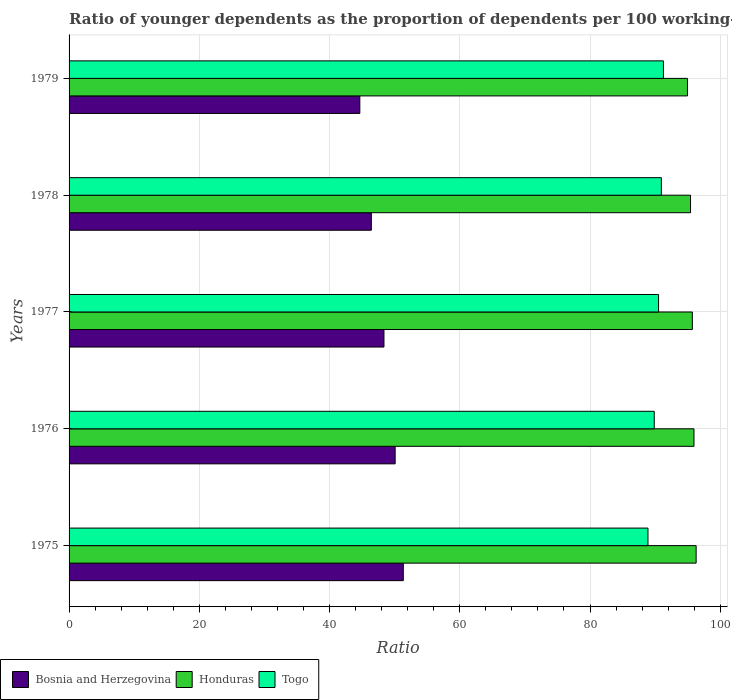
| Years | Bosnia and Herzegovina | Honduras | Togo |
 | --- | --- | --- | --- |
 | 1975 | 51.3 | 96.3 | 88.9 |
 | 1976 | 50.1 | 96 | 89.9 |
 | 1977 | 48.4 | 95.7 | 90.5 |
 | 1978 | 46.4 | 95.4 | 91 |
 | 1979 | 44.6 | 95 | 91.3 |